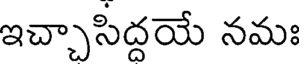
ఇచ్చాసిద్దయే నమః